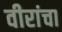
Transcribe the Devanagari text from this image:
वीरांचा